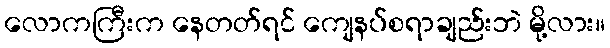
လောကကြီးက နေတတ်ရင် ကျေနပ်စရာချည်းဘဲ မို့လား။